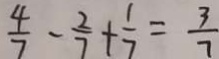
\frac { 4 } { 7 } - \frac { 2 } { 7 } + \frac { 1 } { 7 } = \frac { 3 } { 7 }